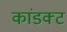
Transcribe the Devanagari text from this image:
कांडक्ट